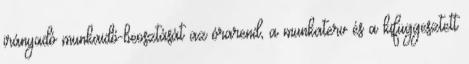
irányadó munkaidő-beosztását az órarend, a munkaterv és a kifüggesztett